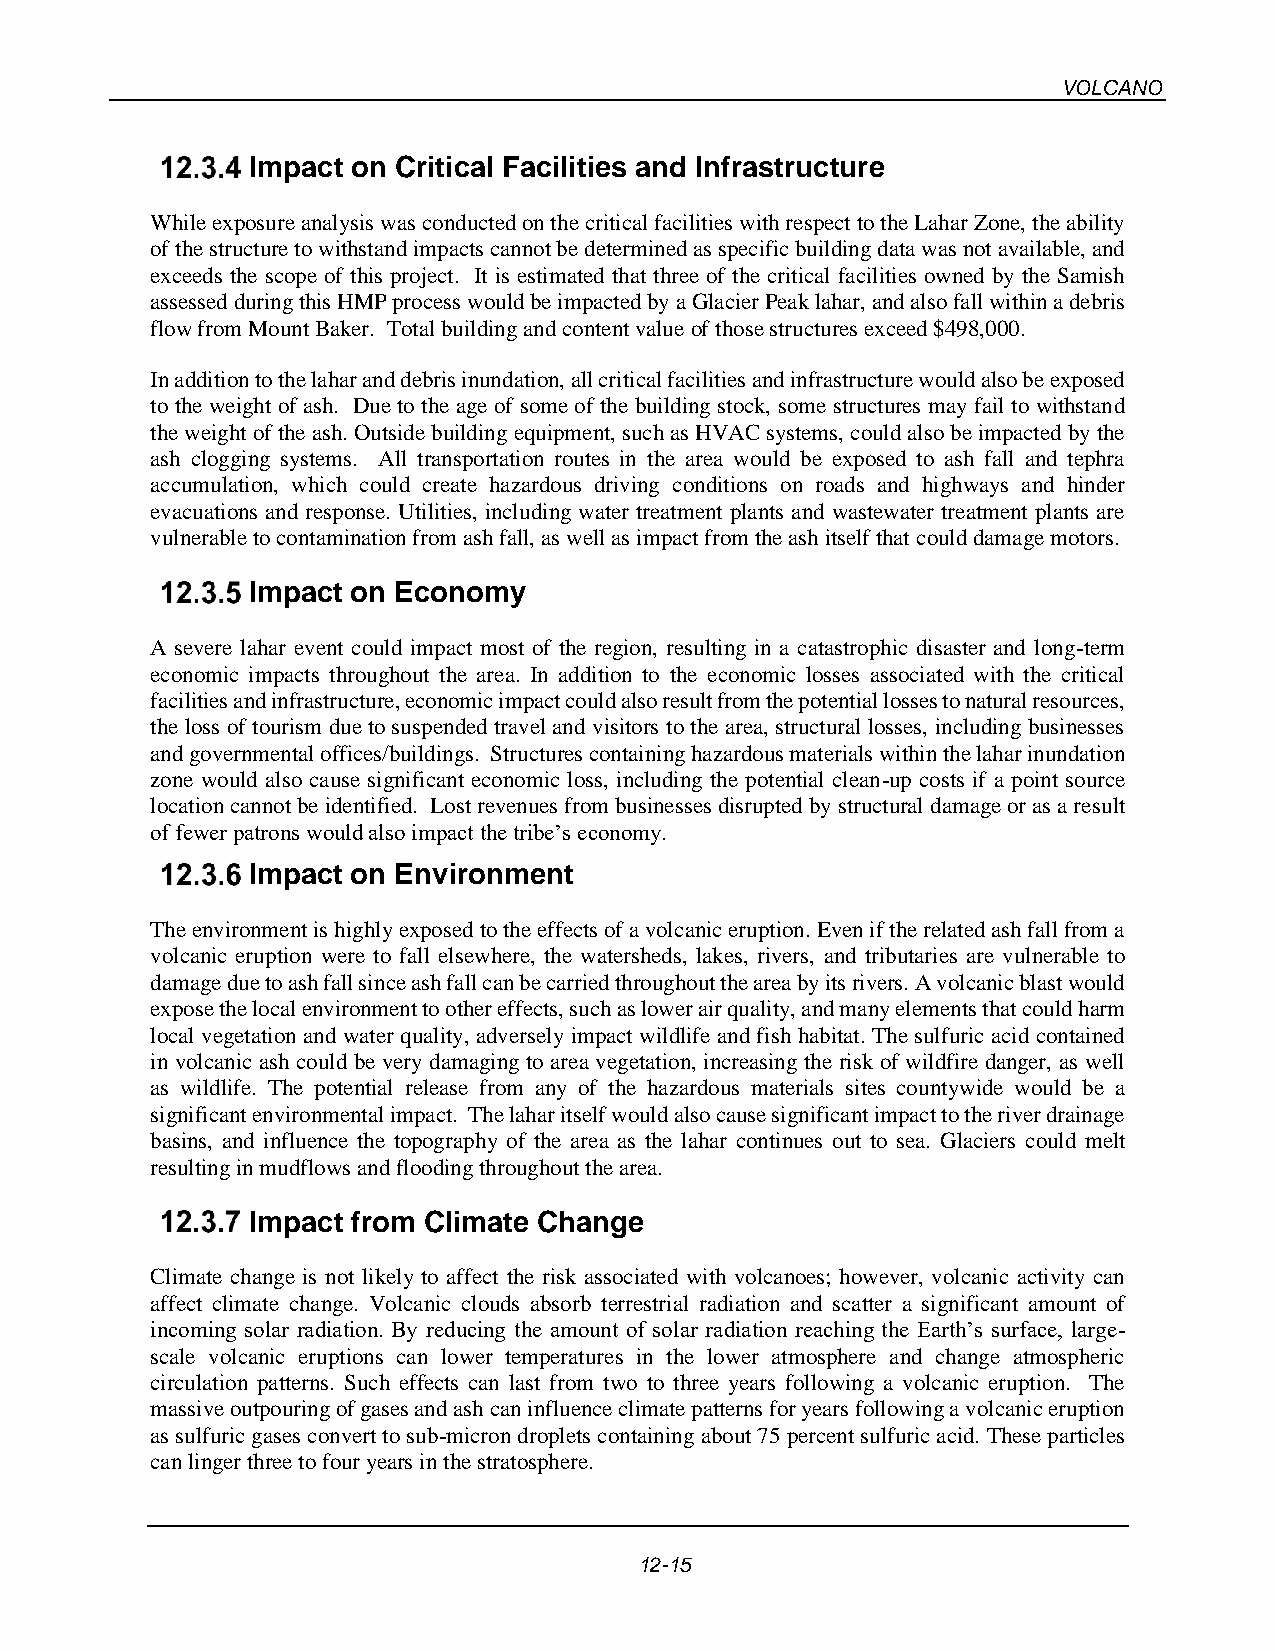
VOLCANO
 Impact on Critical Facilities and Infrastructure
 While exposure analysis was conducted on the critical facilities with respect to the Lahar Zone, the ability
 of the structure to withstand impacts cannot be determined as specific building data was not available, and
 exceeds the scope of this project. It is estimated that three of the critical facilities owned by the Samish
 assessed during this HMP process would be impacted by a Glacier Peak lahar, and also fall within a debris
 flow from Mount Baker. Total building and content value of those structures exceed $498,000.
 In addition to the lahar and debris inundation, all critical facilities and infrastructure would also be exposed
 to the weight of ash. Due to the age of some of the building stock, some structures may fail to withstand
 the weight of the ash. Outside building equipment, such as HVAC systems, could also be impacted by the
 ash clogging systems. All transportation routes in the area would be exposed to ash fall and tephra
 accumulation, which could create hazardous driving conditions on roads and highways and hinder
 evacuations and response. Utilities, including water treatment plants and wastewater treatment plants are
 vulnerable to contamination from ash fall, as well as impact from the ash itself that could damage motors.
 Impact on Economy
 A severe lahar event could impact most of the region, resulting in a catastrophic disaster and long-term
 economic impacts throughout the area. In addition to the economic losses associated with the critical
 facilities and infrastructure, economic impact could also result from the potential losses to natural resources,
 the loss of tourism due to suspended travel and visitors to the area, structural losses, including businesses
 and governmental offices/buildings. Structures containing hazardous materials within the lahar inundation
 zone would also cause significant economic loss, including the potential clean-up costs if a point source
 location cannot be identified. Lost revenues from businesses disrupted by structural damage or as a result
 of fewer patrons would also impact the tribe’s economy.
 Impact on Environment
 The environment is highly exposed to the effects of a volcanic eruption. Even if the related ash fall from a
 volcanic eruption were to fall elsewhere, the watersheds, lakes, rivers, and tributaries are vulnerable to
 damage due to ash fall since ash fall can be carried throughout the area by its rivers. A volcanic blast would
 expose the local environment to other effects, such as lower air quality, and many elements that could harm
 local vegetation and water quality, adversely impact wildlife and fish habitat. The sulfuric acid contained
 in volcanic ash could be very damaging to area vegetation, increasing the risk of wildfire danger, as well
 as wildlife. The potential release from any of the hazardous materials sites countywide would be a
 significant environmental impact. The lahar itself would also cause significant impact to the river drainage
 basins, and influence the topography of the area as the lahar continues out to sea. Glaciers could melt
 resulting in mudflows and flooding throughout the area.
 Impact from Climate Change
 Climate change is not likely to affect the risk associated with volcanoes; however, volcanic activity can
 affect climate change. Volcanic clouds absorb terrestrial radiation and scatter a significant amount of
 incoming solar radiation. By reducing the amount of solar radiation reaching the Earth’s surface, large-
 scale volcanic eruptions can lower temperatures in the lower atmosphere and change atmospheric
 circulation patterns. Such effects can last from two to three years following a volcanic eruption. The
 massive outpouring of gases and ash can influence climate patterns for years following a volcanic eruption
 as sulfuric gases convert to sub-micron droplets containing about 75 percent sulfuric acid. These particles
 can linger three to four years in the stratosphere.
 12-15